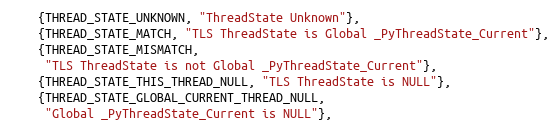
Language: C++
    {THREAD_STATE_UNKNOWN, "ThreadState Unknown"},
    {THREAD_STATE_MATCH, "TLS ThreadState is Global _PyThreadState_Current"},
    {THREAD_STATE_MISMATCH,
     "TLS ThreadState is not Global _PyThreadState_Current"},
    {THREAD_STATE_THIS_THREAD_NULL, "TLS ThreadState is NULL"},
    {THREAD_STATE_GLOBAL_CURRENT_THREAD_NULL,
     "Global _PyThreadState_Current is NULL"},